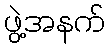
ဖွဲ့အနက်